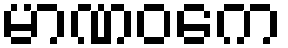
မာဏဝကေ